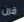
قرن